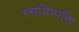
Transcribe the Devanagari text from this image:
रसनिष्पत्ति